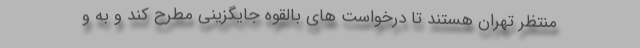
منتظر تهران هستند تا درخواست ‌های بالقوه جایگزینی مطرح کند و به و